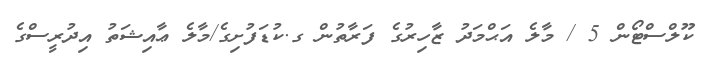
ކޫލްސްޓޯން 5 / މާލެ އަޙްމަދު ޒާހިރުގެ ފަރާތުން ގ.ކުޑަފުށިގެ/މާލެ ޢާއިޝަތު އިދުރީސްގެ